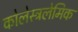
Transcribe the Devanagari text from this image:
कोलेस्ट्रलेमिक